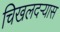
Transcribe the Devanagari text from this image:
चिखलदर्‍यास